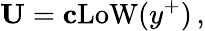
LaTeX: {\mathbf U}={\mathbf c}\mathrm{LoW}(y^{+})\, ,